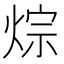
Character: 𤉳